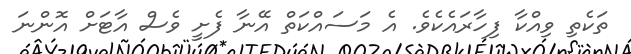
ތަކެތި ވިއްކާ ފިހާރައެކެވެ. އެ މަސައްކަތް އޭނާ ފެށީ ވެސް އާޓަށް އޮންނަ